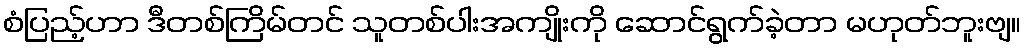
စံပြည့်ဟာ ဒီတစ်ကြိမ်တင် သူတစ်ပါးအကျိုးကို ဆောင်ရွက်ခဲ့တာ မဟုတ်ဘူးဗျ။